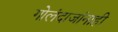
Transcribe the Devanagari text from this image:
गोलंदाजांनाही